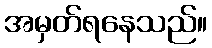
အမှတ်ရနေသည်။